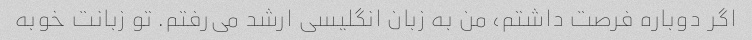
اگر دوباره فرصت داشتم، من به زبان انگلیسی ارشد می‌رفتم. تو زبانت خوبه